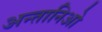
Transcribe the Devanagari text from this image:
अन्तानिओ